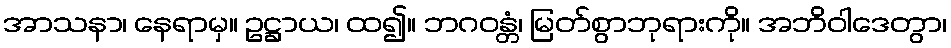
အာသနာ၊ နေရာမှ။ ဥဋ္ဌာယ၊ ထ၍။ ဘဂဝန္တံ၊ မြတ်စွာဘုရားကို။ အဘိဝါဒေတွာ၊